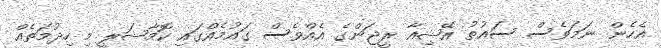
އެހެން ނަމަވެސް ސައުތު އޭޝިއާ ރީޖަންގެ އެއްވެސް ގައުމެއްގައި ކޮމާޝަލީ މި ހިދުމަތެއް